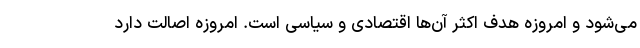
می‌شود و امروزه هدف اکثر آن‌ها اقتصادی و سیاسی است. امروزه اصالت دارد